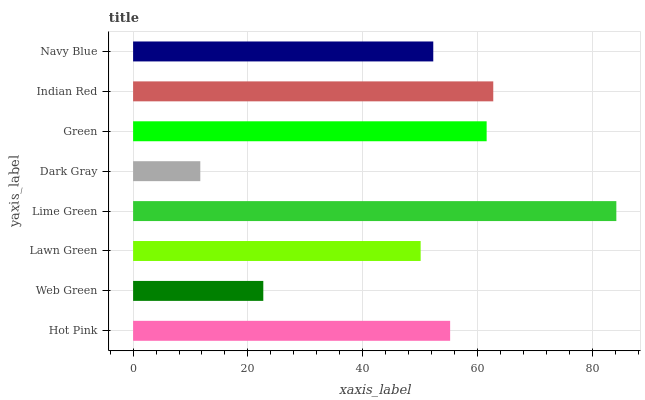
| yaxis_label | bars |
 | --- | --- |
 | Hot Pink | 55.2 |
 | Web Green | 22.7 |
 | Lawn Green | 50.1 |
 | Lime Green | 84.2 |
 | Dark Gray | 11.7 |
 | Green | 61.6 |
 | Indian Red | 62.7 |
 | Navy Blue | 52.3 |